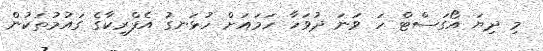
މި ދިޔަ އޯގަސްޓް ހަ ވަނަ ދުވަހާ ހަމައަށް ހުޅަނގު އެފްރިކާގެ ގައުމުތަކުން